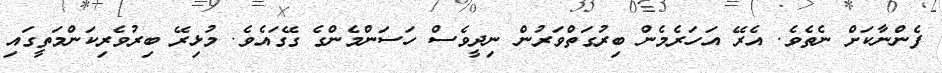
ފެންނާކަށް ނެތެވެ. އެރޭ އަހަރެމެން ބިރުގަތްވަރުން ނިދީވެސް ހަސަންމެންގެ ގޭގައެވެ. މުޅިރޭ ބިރުވެރިކަންމަތީގައި